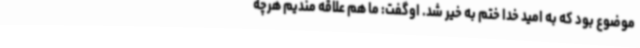
موضوع بود که به امید خدا ختم به خیر شد. اوگفت: ما هم علاقه مندیم هرچه